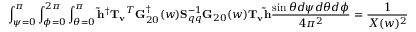
\int _ { \psi = 0 } ^ { \pi } \int _ { \phi = 0 } ^ { 2 \pi } \int _ { \theta = 0 } ^ { \pi } { \bf \tilde { h } } ^ { \dagger } { \bf T _ { v } } ^ { T } { \bf G } _ { 2 0 } ^ { \dagger } ( w ) { \bf S } _ { q q } ^ { - 1 } { \bf G } _ { 2 0 } ( w ) { \bf T _ { v } } { \bf \tilde { h } } \frac { \sin \theta d \psi d \theta d \phi } { 4 \pi ^ { 2 } } = \frac { 1 } { X ( w ) ^ { 2 } } .